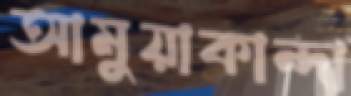
আমুয়াকান্দা